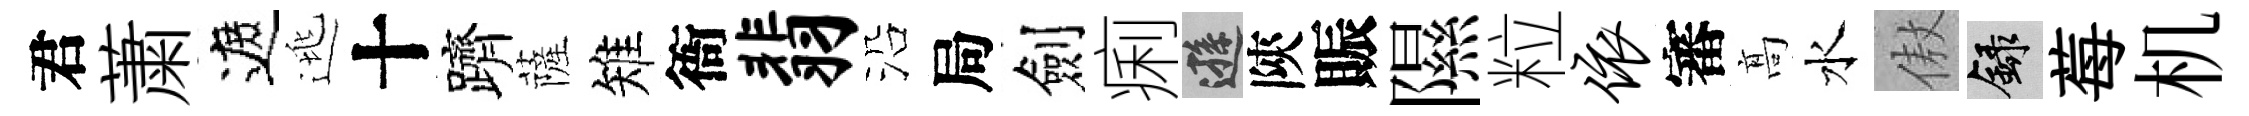
君䔥遮逃十躋薩雉衙翡沿局劍痢遜陝賑隰粒依審髙水傲録莓机